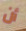
أن